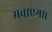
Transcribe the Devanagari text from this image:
मचाएगा।